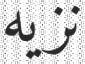
نزيه